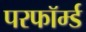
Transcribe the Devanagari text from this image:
परफॉर्म्ड